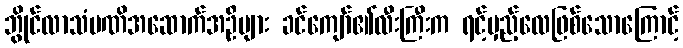
ဘွိုင်လာသံမဏိအဆောက်အဦများ ခင်ကျော်၏လီးကြီးက ရင့်မှည့်လေဖြစ်သောကြောင့်